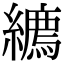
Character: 𦆉